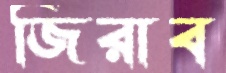
জিরাব